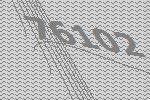
76102